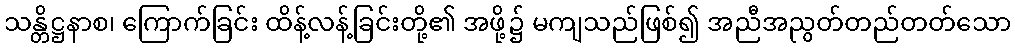
သန္တိဋ္ဌနာစ၊ ကြောက်ခြင်း ထိန့်လန့်ခြင်းတို့၏ အဖို့၌ မကျသည်ဖြစ်၍ အညီအညွတ်တည်တတ်သော